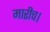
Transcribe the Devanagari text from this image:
मारीच।